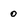
Character: 0